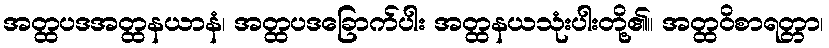
အတ္ထပဒအတ္ထနယာနံ၊ အတ္ထပဒခြောက်ပါး အတ္ထနယသုံးပါးတို့၏။ အတ္ထဝိစာရတ္တာ၊